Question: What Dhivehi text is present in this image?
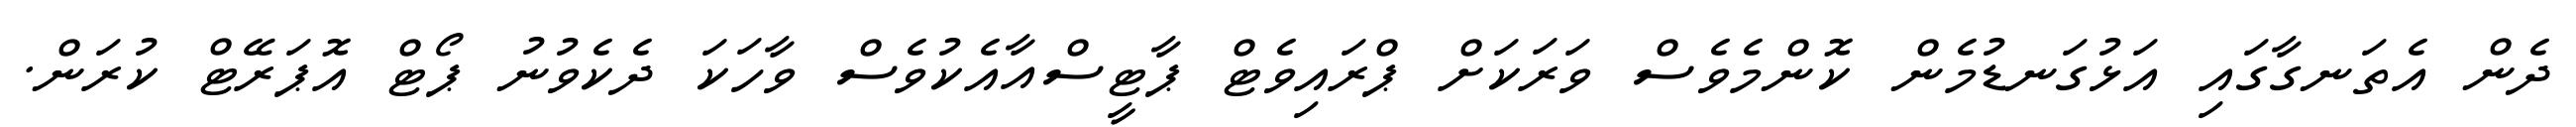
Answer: ދެން އެތަނގާގައި އަޅުގަނޑުމެން ކޮންމެވެސް ވަރަކަށް ޕްރައިވެޓް ޕާޓީސްއާއެކުވެސް ވާހަކަ ދެކެވުނު ޕޯޓް އޮޕަރޭޓް ކުރަން.